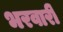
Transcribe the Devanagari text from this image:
भरवारी